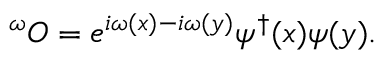
^ \omega { \cal O } = e ^ { i \omega ( x ) - i \omega ( y ) } \psi ^ { \dagger } ( x ) \psi ( y ) .